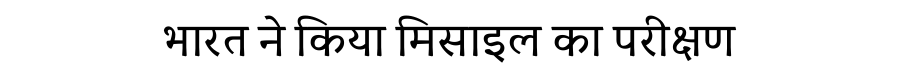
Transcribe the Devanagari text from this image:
भारत ने किया मिसाइल का परीक्षण